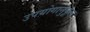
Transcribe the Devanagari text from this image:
उपयोगानुकूल